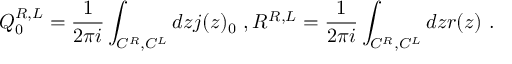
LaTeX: Q _ { 0 } ^ { R , L } = \frac { 1 } { 2 \pi i } \int _ { C ^ { R } , C ^ { L } } d z j ( z ) _ { 0 } \ , R ^ { R , L } = \frac { 1 } { 2 \pi i } \int _ { C ^ { R } , C ^ { L } } d z r ( z ) \ .